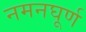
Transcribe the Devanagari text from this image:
नमनघूर्ण